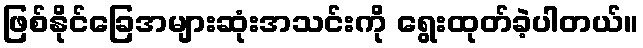
ဖြစ်နိုင်ခြေအများဆုံးအသင်းကို ရွေးထုတ်ခဲ့ပါတယ်။